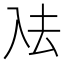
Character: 𭀼